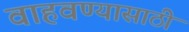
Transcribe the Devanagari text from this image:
वाहवण्यासाठी